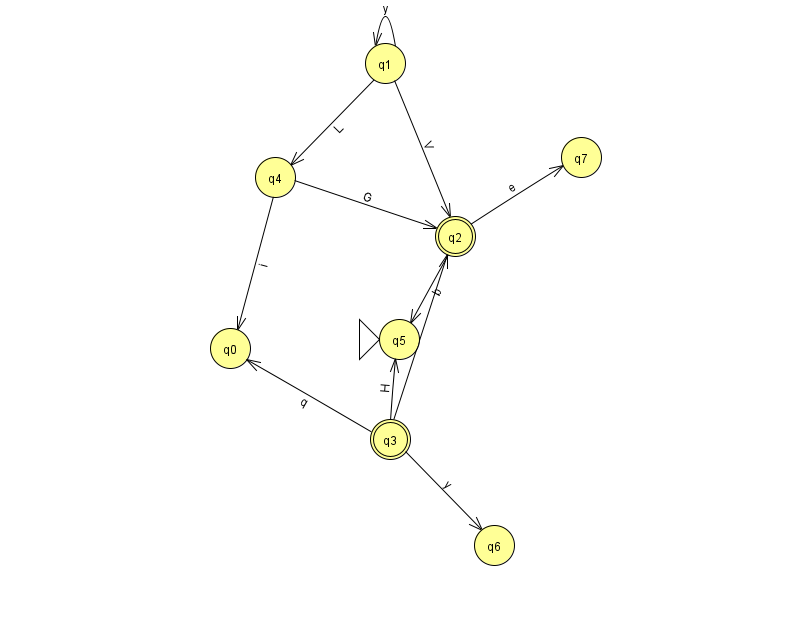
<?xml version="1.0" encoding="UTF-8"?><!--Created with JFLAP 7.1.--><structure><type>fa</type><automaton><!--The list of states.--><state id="0" name="q0"><x>230.0</x><y>335.0</y></state><state id="1" name="q1"><x>385.0</x><y>50.0</y></state><state id="2" name="q2"><x>455.0</x><y>223.0</y><final/></state><state id="3" name="q3"><x>390.0</x><y>426.0</y><final/></state><state id="4" name="q4"><x>275.0</x><y>164.0</y></state><state id="5" name="q5"><x>399.0</x><y>326.0</y><initial/></state><state id="6" name="q6"><x>494.0</x><y>532.0</y></state><state id="7" name="q7"><x>581.0</x><y>144.0</y></state><!--The list of transitions.--><transition><from>1</from><to>2</to><read>V</read></transition><transition><from>2</from><to>5</to><read>b</read></transition><transition><from>3</from><to>6</to><read>y</read></transition><transition><from>1</from><to>4</to><read>L</read></transition><transition><from>1</from><to>1</to><read>y</read></transition><transition><from>3</from><to>0</to><read>q</read></transition><transition><from>3</from><to>5</to><read>H</read></transition><transition><from>4</from><to>2</to><read>G</read></transition><transition><from>4</from><to>0</to><read>i</read></transition><transition><from>2</from><to>7</to><read>e</read></transition><transition><from>3</from><to>2</to><read>N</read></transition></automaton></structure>